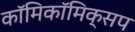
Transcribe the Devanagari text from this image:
काॅमिकॉमिक्सप